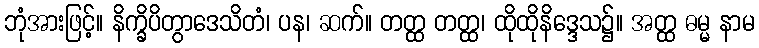
ဘုံအားဖြင့်။ နိက္ခိပိတွာဒေသိတံ၊ ပန၊ ဆက်။ တတ္ထ တတ္ထ၊ ထိုထိုနိဒ္ဒေသ၌။ အတ္ထ ဓမ္မ နာမ